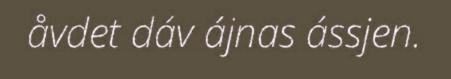
åvdet dáv ájnas ássjen.